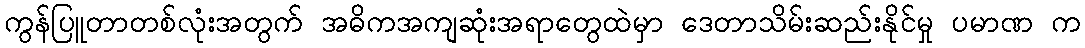
ကွန်ပြူတာတစ်လုံးအတွက် အဓိကအကျဆုံးအရာတွေထဲမှာ ဒေတာသိမ်းဆည်းနိုင်မှု ပမာဏ က